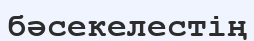
бәсекелестің